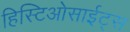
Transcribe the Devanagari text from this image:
हिस्टिओसाईट्स